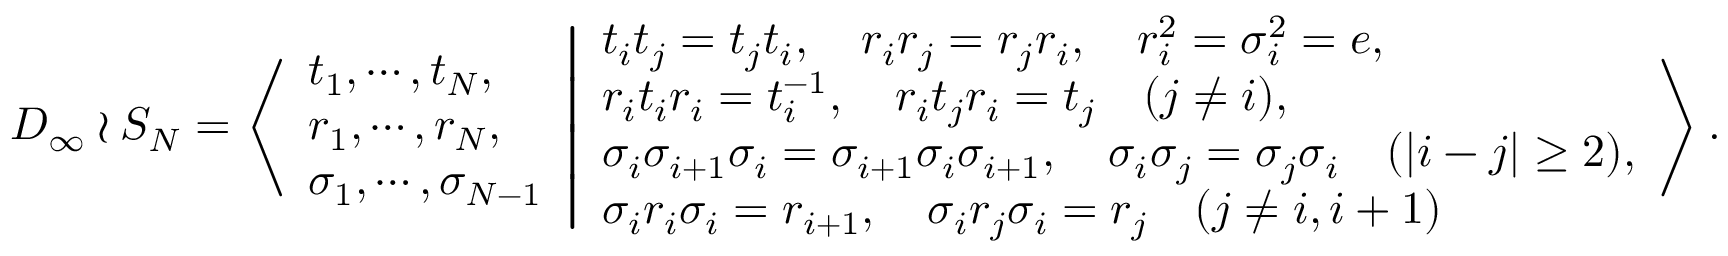
\begin{array} { r } { D _ { \infty } \wr S _ { N } = \left\langle \begin{array} { l } { t _ { 1 } , \cdots , t _ { N } , } \\ { r _ { 1 } , \cdots , r _ { N } , } \\ { \sigma _ { 1 } , \cdots , \sigma _ { N - 1 } } \end{array} \middle \vert \begin{array} { l } { t _ { i } t _ { j } = t _ { j } t _ { i } , \quad r _ { i } r _ { j } = r _ { j } r _ { i } , \quad r _ { i } ^ { 2 } = \sigma _ { i } ^ { 2 } = e , } \\ { r _ { i } t _ { i } r _ { i } = t _ { i } ^ { - 1 } , \quad r _ { i } t _ { j } r _ { i } = t _ { j } ~ ~ ~ ( j \neq i ) , } \\ { \sigma _ { i } \sigma _ { i + 1 } \sigma _ { i } = \sigma _ { i + 1 } \sigma _ { i } \sigma _ { i + 1 } , \quad \sigma _ { i } \sigma _ { j } = \sigma _ { j } \sigma _ { i } ~ ~ ~ ( | i - j | \geq 2 ) , } \\ { \sigma _ { i } r _ { i } \sigma _ { i } = r _ { i + 1 } , \quad \sigma _ { i } r _ { j } \sigma _ { i } = r _ { j } ~ ~ ~ ( j \neq i , i + 1 ) } \end{array} \right\rangle . } \end{array}